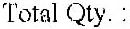
TOTAL QTY. :